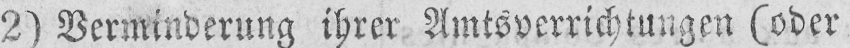
2) Verminderung ihrer Amtsverrichtungen (oder